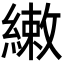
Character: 𬗳